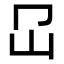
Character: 𡴺